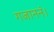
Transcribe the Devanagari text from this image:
गजाननं।